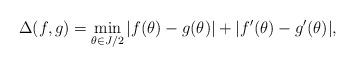
LaTeX: \begin{align*} \Delta(f,g)=\min_{\theta\in J/2}|f(\theta)-g(\theta)|+|f'(\theta)-g'(\theta)|,\end{align*}